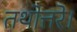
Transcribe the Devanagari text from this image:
तथोत्तरे।